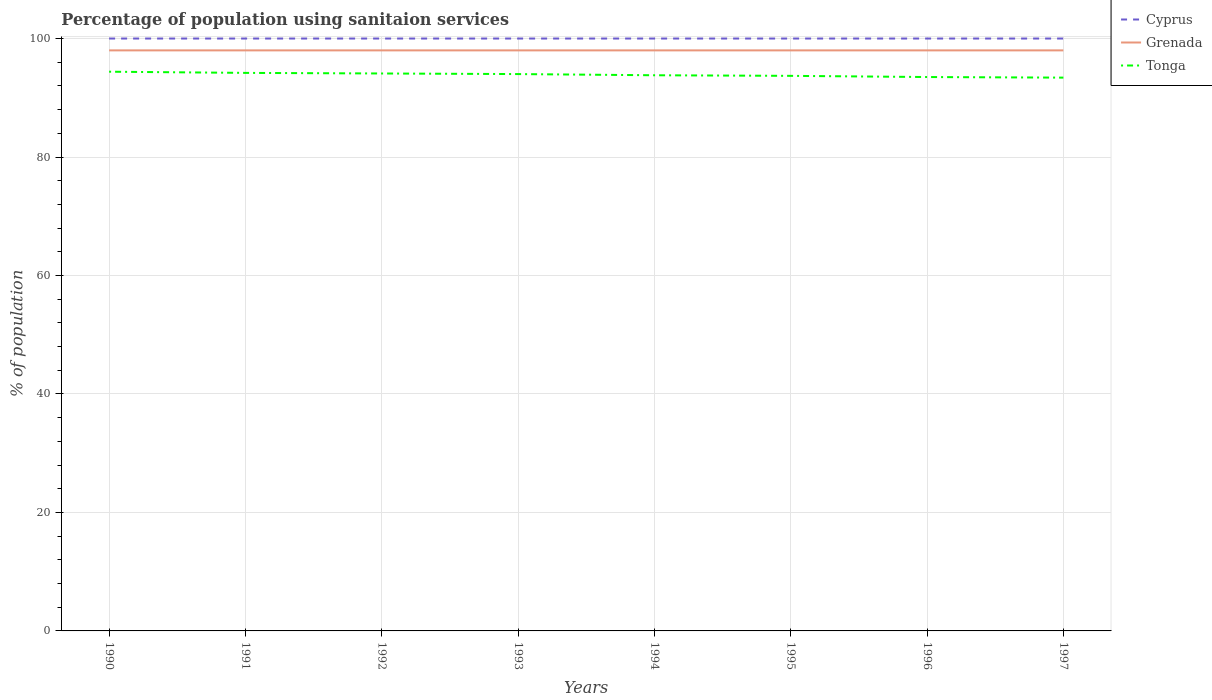
| Years | Cyprus | Grenada | Tonga |
 | --- | --- | --- | --- |
 | 1990 | 100 | 98 | 94.4 |
 | 1991 | 100 | 98 | 94.2 |
 | 1992 | 100 | 98 | 94.1 |
 | 1993 | 100 | 98 | 94 |
 | 1994 | 100 | 98 | 93.8 |
 | 1995 | 100 | 98 | 93.7 |
 | 1996 | 100 | 98 | 93.5 |
 | 1997 | 100 | 98 | 93.4 |